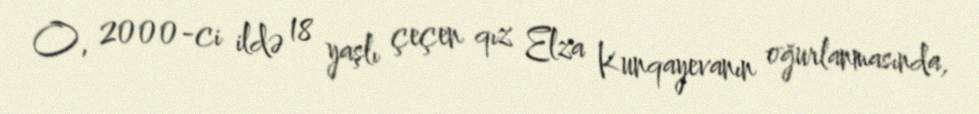
O, 2000-ci ildə 18 yaşlı çeçen qız Elza Kunqayevanın oğurlanmasında,